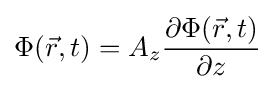
\Phi ({\vec {r}},t)=A_{z}{\frac {\partial \Phi ({\vec {r}},t)}{\partial z}}